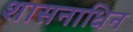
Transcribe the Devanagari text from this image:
शासनाधिन